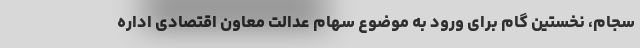
سجام، نخستین گام برای ورود به موضوع سهام عدالت معاون اقتصادی اداره